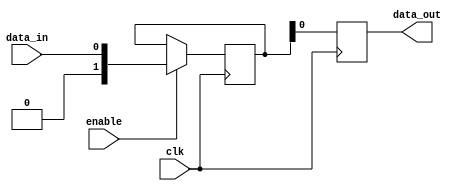
module gated_latch (
    input wire clk,
    input wire enable,
    input wire data_in,
    output reg data_out
);

reg [1:0] ff1;
reg [1:0] ff2;

always @(posedge clk) begin
    ff1 <= (enable) ? data_in : ff1;
    ff2 <= ff1;
end

assign data_out = ff2;

endmodule